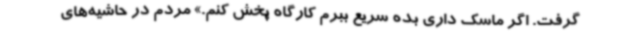
گرفت. اگر ماسک داری بده سریع ببرم کارگاه پخش کنم.» مردم در حاشیه‌های